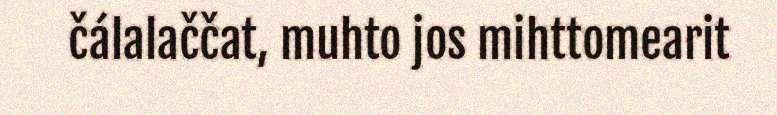
čálalaččat, muhto jos mihttomearit